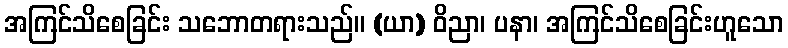
အကြင်သိစေခြင်း သဘောတရားသည်။ (ယာ) ဝိညာ၊ ပနာ၊ အကြင်သိစေခြင်းဟူသော